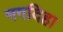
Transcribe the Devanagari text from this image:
मगदिहा